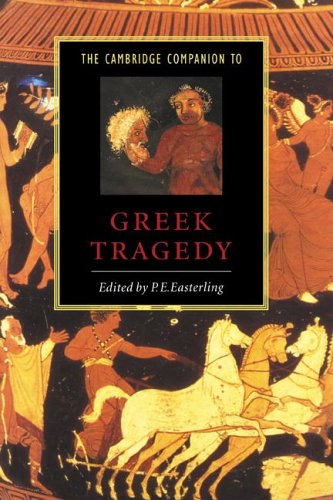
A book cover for The Cambridge Companion to Greek Tragedy (Cambridge Companions to Literature); Literature & Fiction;